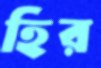
হির